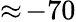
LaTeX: \approx\! -70